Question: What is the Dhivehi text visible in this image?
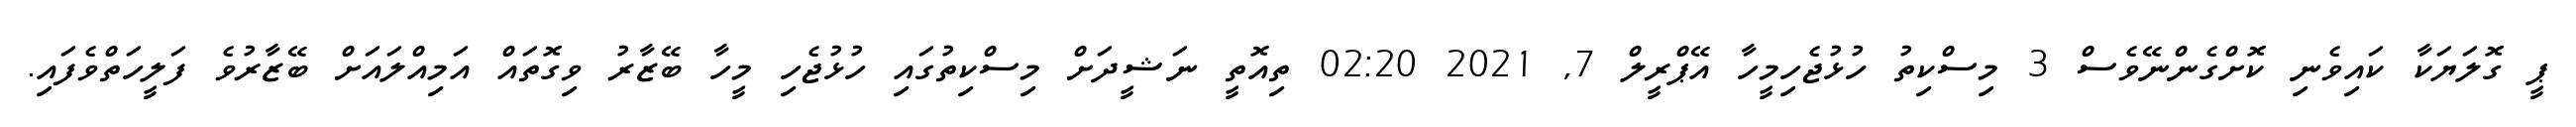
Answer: ޕީ ގޮލަޔަކާ ކައިވެނި ކޮށްގެންނޭވެސް 3 މިސްކިތު ހުޅުޖެހިމީހާ އޭޕްރީލް 7, 2021 02:20 ތިއޮތީ ނަޝީދަށް މިސްކިތުގައި ހުޅުޖެހި މީހާ ބޭޒާރު ވިގޮތައް އަމިއްލައަށް ބޭޒާރުވެ ފަލީހަތްވެފައި.